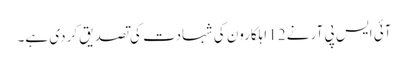
آئی ایس پی آر نے 12 اہلکارون کی شہادت کی تصدیق کردی ہے۔